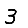
Digit: 3